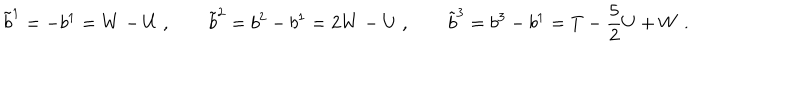
\tilde { b } ^ { 1 } = - b ^ { 1 } = W - U \; , \qquad \tilde { b } ^ { 2 } = b ^ { 2 } - b ^ { 1 } = 2 W - U \; , \qquad \tilde { b } ^ { 3 } = b ^ { 3 } - b ^ { 1 } = T - \frac { 5 } { 2 } U + W \; .